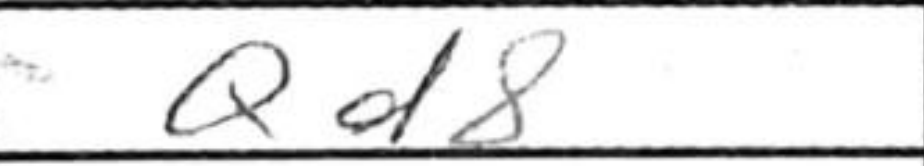
Transcription: Qd8